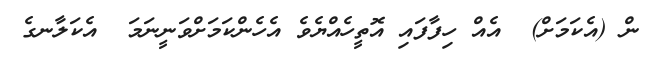
ން (އެކަމަށް)  އެއް ހިފާފައި އޮތީހެއްޔެވެ އެހެންކަމަށްވަނީނަމަ  އެކަލާނގެ